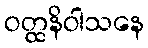
ဝတ္ထနိဝါသနေ